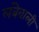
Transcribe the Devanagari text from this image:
लंबेवाली